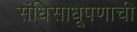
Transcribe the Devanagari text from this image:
संधिसाधूपणाची